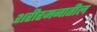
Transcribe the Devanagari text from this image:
शरीरमनातील